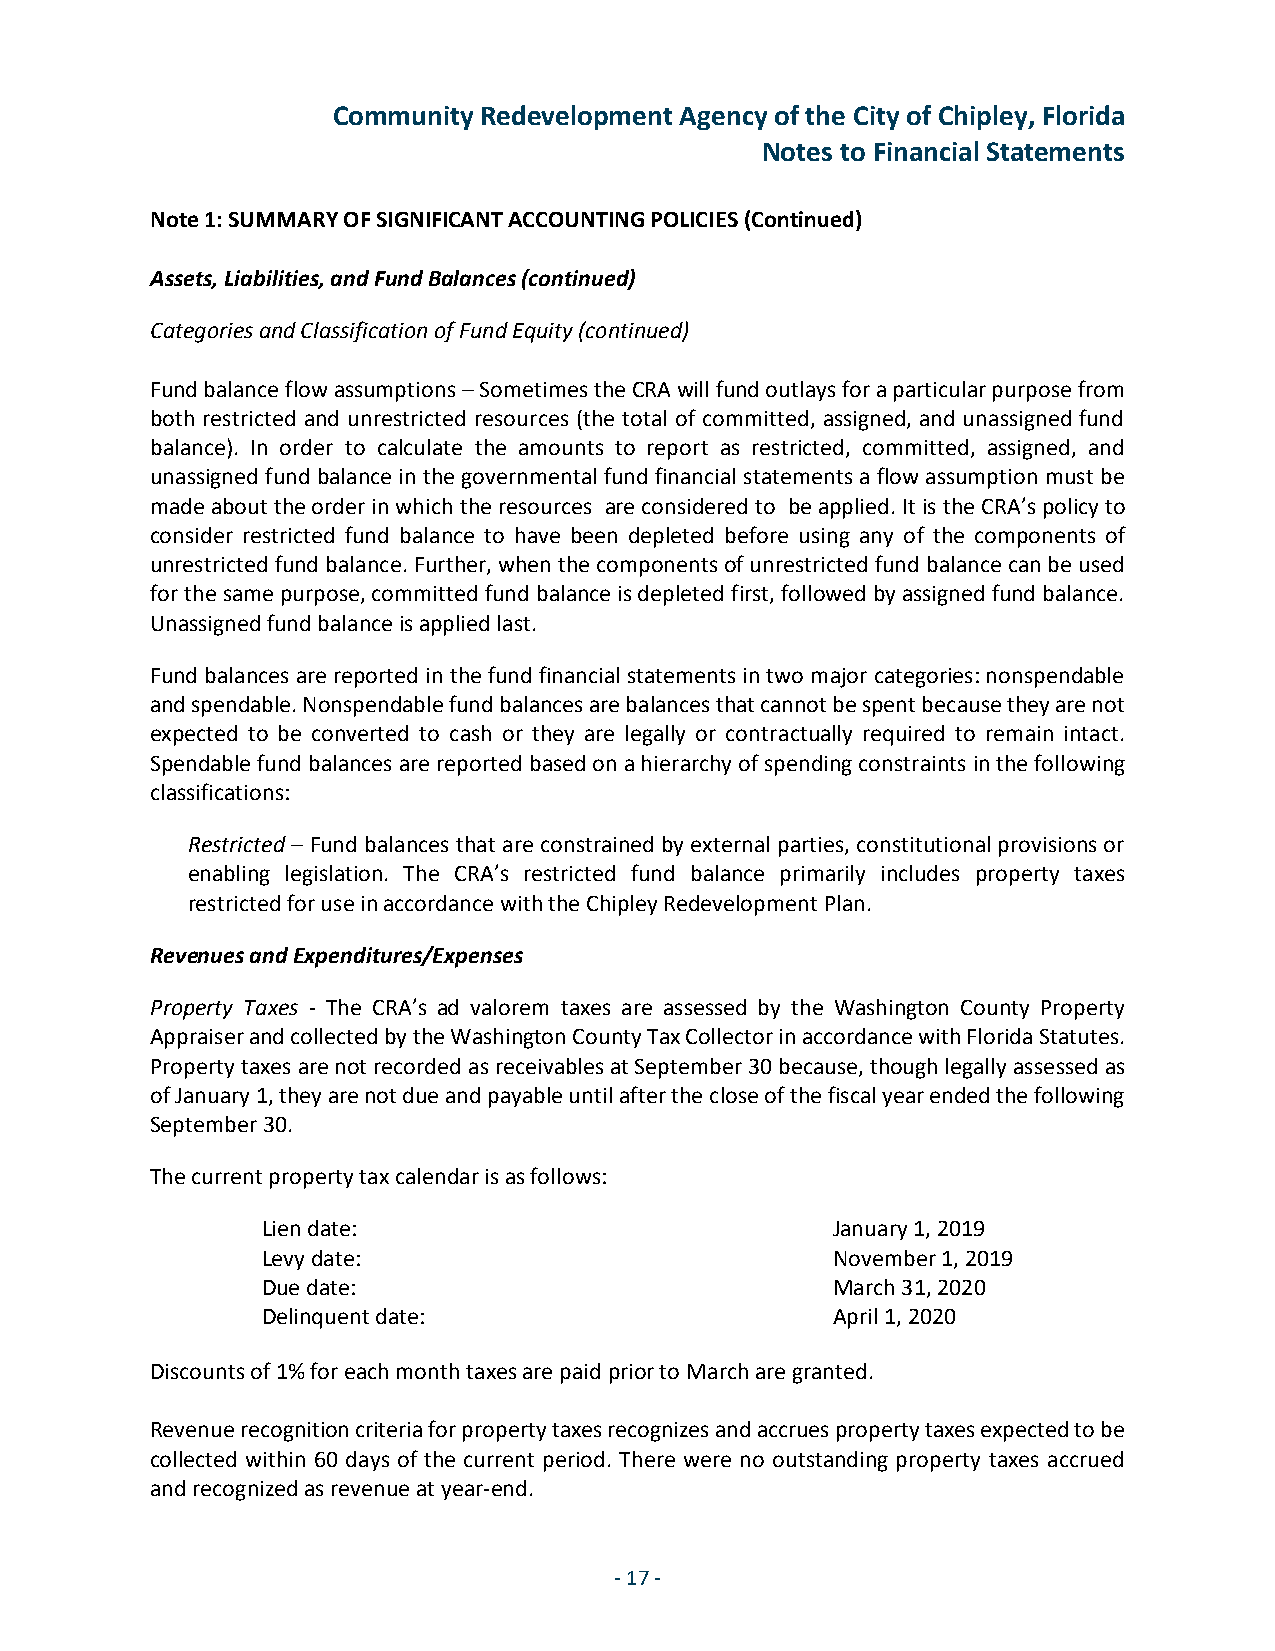
Community Redevelopment Agency of the City of Chipley, Florida
 Notes to Financial Statements
 Note 1: SUMMARY OF SIGNIFICANT ACCOUNTING POLICIES (Continued)
 Assets, Liabilities, and Fund Balances (continued)
 Categories and Classification of Fund Equity (continued)
 Fund balance flow assumptions – Sometimes the CRA will fund outlays for a particular purpose from
 both restricted and unrestricted resources (the total of committed, assigned, and unassigned fund
 balance). In order to calculate the amounts to report as restricted, committed, assigned, and
 unassigned fund balance in the governmental fund financial statements a flow assumption must be
 made about the order in which the resources are considered to be applied. It is the CRA’s policy to
 consider restricted fund balance to have been depleted before using any of the components of
 unrestricted fund balance. Further, when the components of unrestricted fund balance can be used
 for the same purpose, committed fund balance is depleted first, followed by assigned fund balance.
 Unassigned fund balance is applied last.
 Fund balances are reported in the fund financial statements in two major categories: nonspendable
 and spendable. Nonspendable fund balances are balances that cannot be spent because they are not
 expected to be converted to cash or they are legally or contractually required to remain intact.
 Spendable fund balances are reported based on a hierarchy of spending constraints in the following
 classifications:
 Restricted – Fund balances that are constrained by external parties, constitutional provisions or
 enabling legislation. The CRA’s restricted fund balance primarily includes property taxes
 restricted for use in accordance with the Chipley Redevelopment Plan.
 Revenues and Expenditures/Expenses
 Property Taxes - The CRA’s ad valorem taxes are assessed by the Washington County Property
 Appraiser and collected by the Washington County Tax Collector in accordance with Florida Statutes.
 Property taxes are not recorded as receivables at September 30 because, though legally assessed as
 of January 1, they are not due and payable until after the close of the fiscal year ended the following
 September 30.
 The current property tax calendar is as follows:
 Lien date:                            January 1, 2019
 Levy date:                            November 1, 2019
 Due date:                             March 31, 2020
 Delinquent date:                      April 1, 2020
 Discounts of 1% for each month taxes are paid prior to March are granted.
 Revenue recognition criteria for property taxes recognizes and accrues property taxes expected to be
 collected within 60 days of the current period. There were no outstanding property taxes accrued
 and recognized as revenue at year-end.
 -17 -